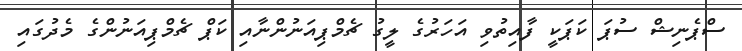
ސްޕެނިޝް ސުޕަ ކަޕަކީ ފާއިތުވި އަހަރުގެ ލީގު ޗެމްޕިއަނުންނާއި ކަޕް ޗެމްޕިއަނުންގެ މެދުގައި